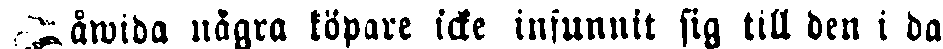
Såwida några köpare icke infunnit sig till den i da